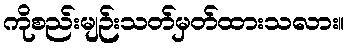
ကိုစည်းမျဉ်းသတ်မှတ်ထားသလား။